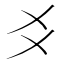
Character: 𬼆